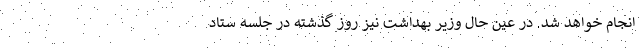
انجام خواهد شد. در عین حال وزیر بهداشت نیز روز گذشته در جلسه ستاد